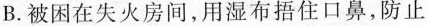
B.被困在失火房间，用湿布捂住口鼻，防止